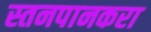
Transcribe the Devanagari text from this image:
स्तनपानकरा